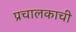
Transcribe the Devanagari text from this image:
प्रचालकाची